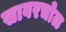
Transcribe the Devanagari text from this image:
सावरचोळ